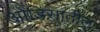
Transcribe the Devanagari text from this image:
ओडिसातील